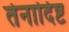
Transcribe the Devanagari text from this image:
तेनादिष्ट